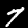
Label: 7